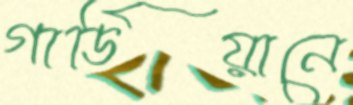
গার্ডিয়ানে